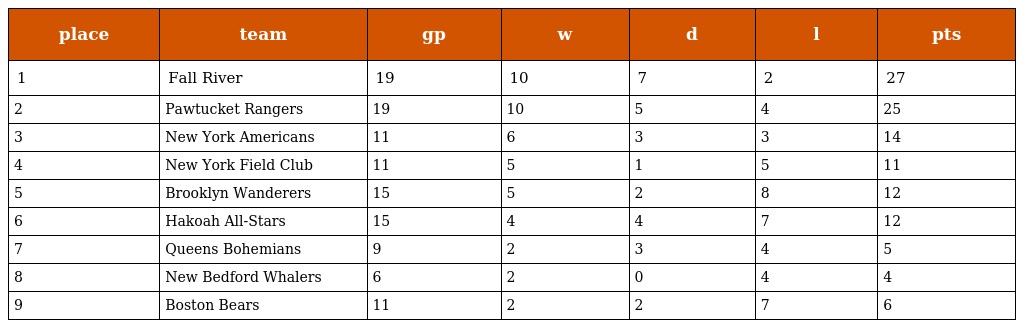
| place | team | gp | w | d | l | pts |
 | --- | --- | --- | --- | --- | --- | --- |
 | 1 | Fall River | 19 | 10 | 7 | 2 | 27 |
 | 2 | Pawtucket Rangers | 19 | 10 | 5 | 4 | 25 |
 | 3 | New York Americans | 11 | 6 | 3 | 3 | 14 |
 | 4 | New York Field Club | 11 | 5 | 1 | 5 | 11 |
 | 5 | Brooklyn Wanderers | 15 | 5 | 2 | 8 | 12 |
 | 6 | Hakoah All-Stars | 15 | 4 | 4 | 7 | 12 |
 | 7 | Queens Bohemians | 9 | 2 | 3 | 4 | 5 |
 | 8 | New Bedford Whalers | 6 | 2 | 0 | 4 | 4 |
 | 9 | Boston Bears | 11 | 2 | 2 | 7 | 6 |